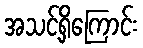
အသင့်ရှိကြောင်း